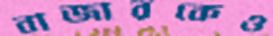
বাজারকেও